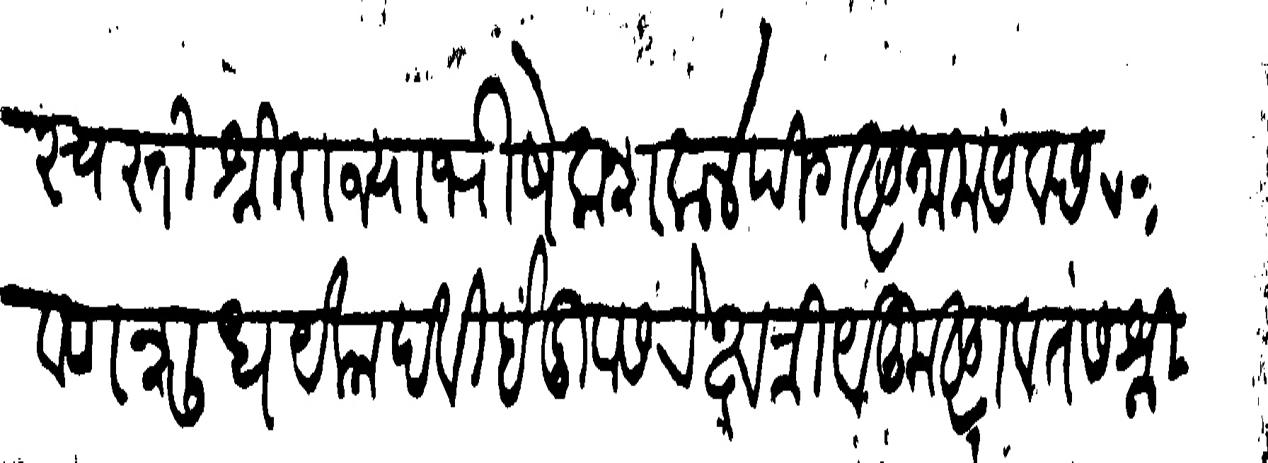
Transliteration (Devanagari): स्वस्ति श्री राज्याभिषेक शक ४ पिंगल नाम संवछरे श्रावण शुध येकादसी इंदुवासरे क्षत्रियकुलावतंस श्री